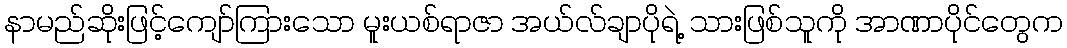
နာမည်ဆိုးဖြင့်ကျော်ကြားသော မူးယစ်ရာဇာ အယ်လ်ချာပိုရဲ့ သားဖြစ်သူကို အာဏာပိုင်တွေက